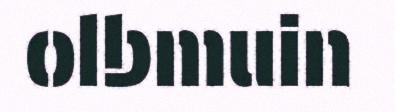
olbmuin